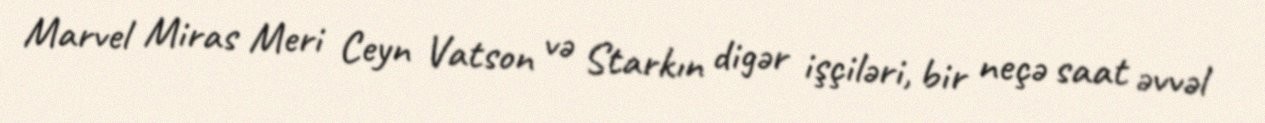
Marvel Miras Meri Ceyn Vatson və Starkın digər işçiləri, bir neçə saat əvvəl